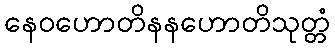
နေဝဟောတိနနဟောတိသုတ္တံ